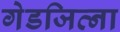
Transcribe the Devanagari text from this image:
गेडजिव्ना